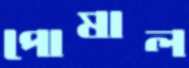
পোষাল